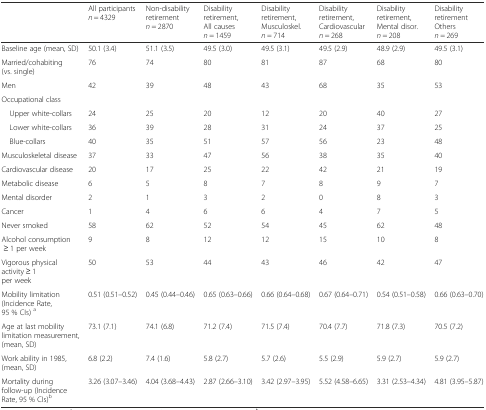
<table><thead><tr><td></td><td><b>All participants <i>n</i> = 4329</b></td><td><b>Non-disability retirement <i>n</i> = 2870</b></td><td><b>Disability retirement, All causes <i>n</i> = 1459</b></td><td><b>Disability retirement, Musculoskel. <i>n</i> = 714</b></td><td><b>Disability retirement, Cardiovascular <i>n</i> = 268</b></td><td><b>Disability retirement, Mental disor. <i>n</i> = 208</b></td><td><b>Disability retirement Others <i>n</i> = 269</b></td></tr></thead><tbody><tr><td>Baseline age (mean, SD)</td><td>50.1 (3.4)</td><td>51.1 (3.5)</td><td>49.5 (3.0)</td><td>49.5 (3.1)</td><td>49.5 (2.9)</td><td>48.9 (2.9)</td><td>49.5 (3.1)</td></tr><tr><td>Married/cohabiting (vs. single)</td><td>76</td><td>74</td><td>80</td><td>81</td><td>87</td><td>68</td><td>80</td></tr><tr><td>Men</td><td>42</td><td>39</td><td>48</td><td>43</td><td>68</td><td>35</td><td>53</td></tr><tr><td>Occupational class</td><td></td><td></td><td></td><td></td><td></td><td></td><td></td></tr><tr><td> Upper white-collars</td><td>24</td><td>25</td><td>20</td><td>12</td><td>20</td><td>40</td><td>27</td></tr><tr><td> Lower white-collars</td><td>36</td><td>39</td><td>28</td><td>31</td><td>24</td><td>37</td><td>25</td></tr><tr><td> Blue-collars</td><td>40</td><td>35</td><td>51</td><td>57</td><td>56</td><td>23</td><td>48</td></tr><tr><td>Musculoskeletal disease</td><td>37</td><td>33</td><td>47</td><td>56</td><td>38</td><td>35</td><td>40</td></tr><tr><td>Cardiovascular disease</td><td>20</td><td>17</td><td>25</td><td>22</td><td>42</td><td>21</td><td>19</td></tr><tr><td>Metabolic disease</td><td>6</td><td>5</td><td>8</td><td>7</td><td>8</td><td>9</td><td>7</td></tr><tr><td>Mental disorder</td><td>2</td><td>1</td><td>3</td><td>2</td><td>0</td><td>8</td><td>3</td></tr><tr><td>Cancer</td><td>1</td><td>4</td><td>6</td><td>6</td><td>4</td><td>7</td><td>5</td></tr><tr><td>Never smoked</td><td>58</td><td>62</td><td>52</td><td>54</td><td>45</td><td>62</td><td>48</td></tr><tr><td>Alcohol consumption ≥ 1 per week</td><td>9</td><td>8</td><td>12</td><td>12</td><td>15</td><td>10</td><td>8</td></tr><tr><td>Vigorous physical activity ≥ 1 per week</td><td>50</td><td>53</td><td>44</td><td>43</td><td>46</td><td>42</td><td>47</td></tr><tr><td>Mobility limitation (Incidence Rate, 95 % CIs) <sup>a</sup></td><td>0.51 (0.51–0.52)</td><td>0.45 (0.44–0.46)</td><td>0.65 (0.63–0.66)</td><td>0.66 (0.64–0.68)</td><td>0.67 (0.64–0.71)</td><td>0.54 (0.51–0.58)</td><td>0.66 (0.63–0.70)</td></tr><tr><td>Age at last mobility limitation measurement, (mean, SD)</td><td>73.1 (7.1)</td><td>74.1 (6.8)</td><td>71.2 (7.4)</td><td>71.5 (7.4)</td><td>70.4 (7.7)</td><td>71.8 (7.3)</td><td>70.5 (7.2)</td></tr><tr><td>Work ability in 1985, (mean, SD)</td><td>6.8 (2.2)</td><td>7.4 (1.6)</td><td>5.8 (2.7)</td><td>5.7 (2.6)</td><td>5.5 (2.9)</td><td>5.9 (2.7)</td><td>5.9 (2.7)</td></tr><tr><td>Mortality during follow-up (Incidence Rate, 95 % CIs)<sup>b</sup></td><td>3.26 (3.07–3.46)</td><td>4.04 (3.68–4.43)</td><td>2.87 (2.66–3.10)</td><td>3.42 (2.97–3.95)</td><td>5.52 (4.58–6.65)</td><td>3.31 (2.53–4.34)</td><td>4.81 (3.95–5.87)</td></tr></tbody></table>